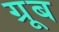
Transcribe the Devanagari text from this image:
ग्रूब